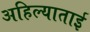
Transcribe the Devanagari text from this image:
अहिल्याताई